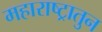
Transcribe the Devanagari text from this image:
महाराष्ट्रातुन